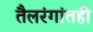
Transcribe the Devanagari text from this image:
तैलरंगांतही